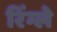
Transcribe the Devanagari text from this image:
रिंग्ले